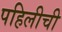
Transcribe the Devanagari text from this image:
पहिलीची